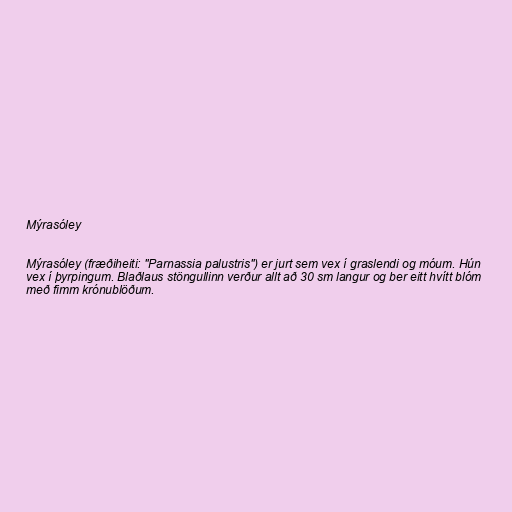
Mýrasóley

Mýrasóley (fræðiheiti: "Parnassia palustris") er jurt sem vex í graslendi og móum. Hún
vex í þyrpingum. Blaðlaus stöngullinn verður allt að 30 sm langur og ber eitt hvítt blóm
með fimm krónublöðum.